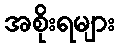
အစိုးရများ